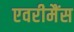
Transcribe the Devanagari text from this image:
एवरीमैंस